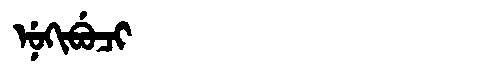
Manchu: ᠨᡠᡴᡳᠪᡠᠴᡳ
Romanization: NUKIBUCI